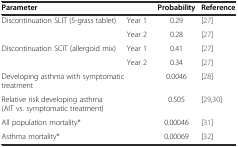
<table><thead><tr><td colspan="2"><b>Parameter</b></td><td><b>Probability</b></td><td><b>Reference</b></td></tr></thead><tbody><tr><td rowspan="2">Discontinuation SLIT (5-grass tablet)</td><td>Year 1</td><td>0.29</td><td>[27]</td></tr><tr><td>Year 2</td><td>0.28</td><td>[27]</td></tr><tr><td rowspan="2">Discontinuation SCIT (allergoid mix)</td><td>Year 1</td><td>0.41</td><td>[27]</td></tr><tr><td>Year 2</td><td>0.34</td><td>[27]</td></tr><tr><td colspan="2">Developing asthma with symptomatic treatment</td><td>0.0046</td><td>[28]</td></tr><tr><td colspan="2">Relative risk developing asthma (AIT vs. symptomatic treatment)</td><td>0.505</td><td>[29,30]</td></tr><tr><td colspan="2">All population mortality*</td><td>0.00046</td><td>[31]</td></tr><tr><td colspan="2">Asthma mortality*</td><td>0.00069</td><td>[32]</td></tr></tbody></table>